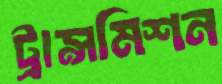
ট্রান্সমিশন